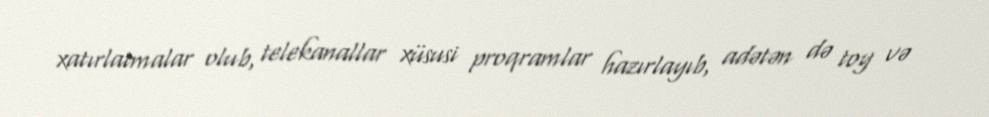
xatırlatmalar olub, telekanallar xüsusi proqramlar hazırlayıb, adətən də toy və